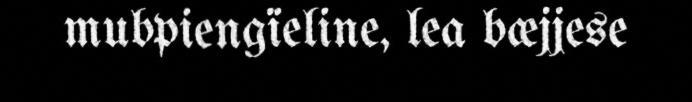
mubpiengïeline, lea bæjjese